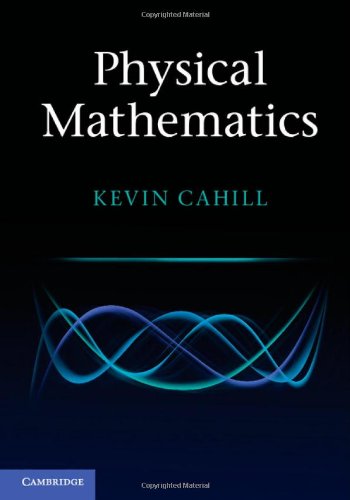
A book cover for Physical Mathematics; Kevin Cahill; Science & Math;